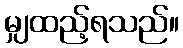
မျှထည့်ရသည်။